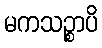
မကသဉ္စာပိ